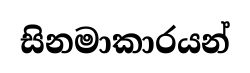
සිනමාකාරයන්